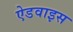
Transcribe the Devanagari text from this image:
ऐडवाइस